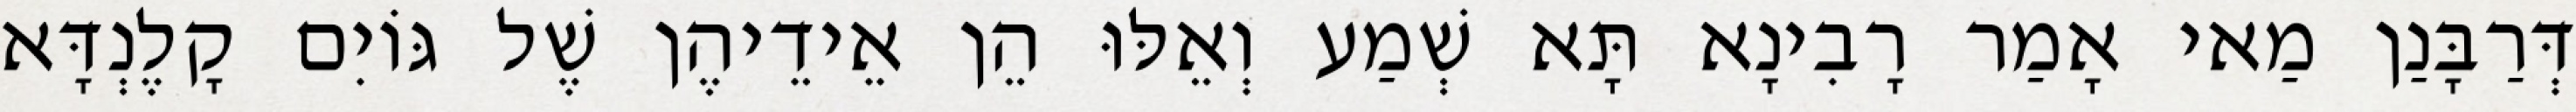
דְּרַבָּנַן מַאי אָמַר רָבִינָא תָּא שְׁמַע וְאֵלּוּ הֵן אֵידֵיהֶן שֶׁל גּוֹיִם קָלֶנְדָּא